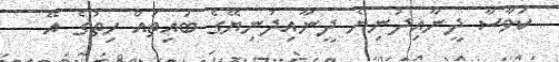
ކަވާސާ ދީނާއިދުނިޔެ ދީނާއިދުނިޔޭގެ ބައިތައް ހިތުގެ އޭ